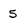
Character: 5